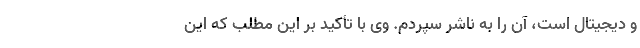
و دیجیتال است، آن را به ناشر سپردم. وی با تأکید بر این مطلب که این